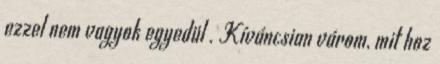
ezzel nem vagyok egyedül . Kíváncsian várom, mit hoz